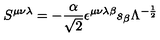
S ^ { { \mu } { \nu } { \lambda } } = - \frac { \alpha } { \sqrt { 2 } } { \epsilon } ^ { { \mu } { \nu } { \lambda } { \beta } } s _ { \beta } { \Lambda } ^ { - \frac { 1 } { 2 } }